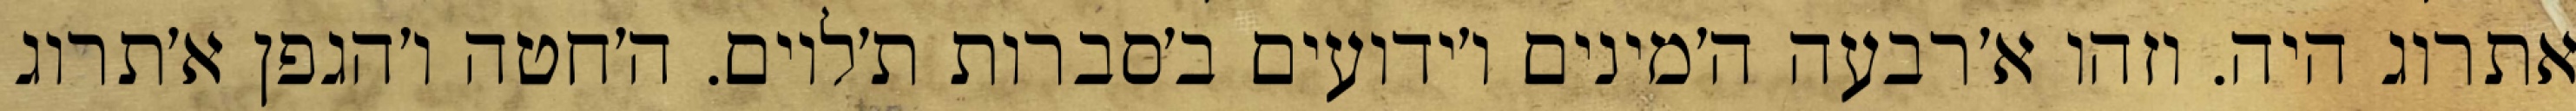
אתרוג היה. וזהו א׳רבעה ה׳מינים ו׳ידועים ב׳סברות ת׳לוים. ה׳חטה ו׳הגפן א׳תרוג